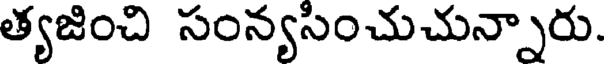
త్యజించి సంన్యసించుచున్నారు.